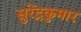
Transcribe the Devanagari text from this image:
सुरेंद्रकुमार